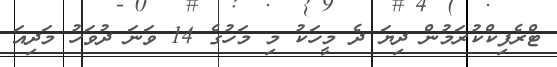
ޓްރެފިކްކުރަމުން ދިޔަ ދެ މީހަކު މި މަހުގެ 14 ވަނަ ދުވަހު މަދިއަ